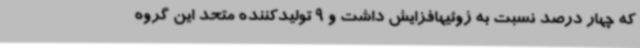
که چهار درصد نسبت به ژوئیهافزایش داشت و 9 تولیدکننده متحد این گروه